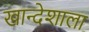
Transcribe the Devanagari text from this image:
खान्देशाला